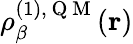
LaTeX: \rho_{\beta}^{(1),\mathrm{~Q~M~}}(\mathbf{r})